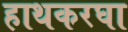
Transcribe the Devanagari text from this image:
हाथकरघा